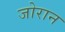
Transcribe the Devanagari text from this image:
जोरान